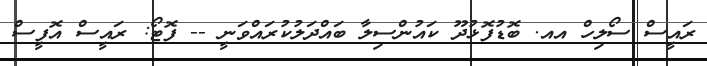
ރައީސް ސޯލިހް އއ. ބޮޑުފޮޅުދޫ ކައުންސިލާ ބައްދަލުކުރައްވަނީ -- ފޮޓޯ: ރައީސް އޮފީސް